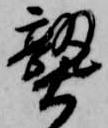
熟